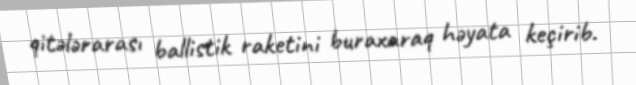
qitələrarası ballistik raketini buraxaraq həyata keçirib.